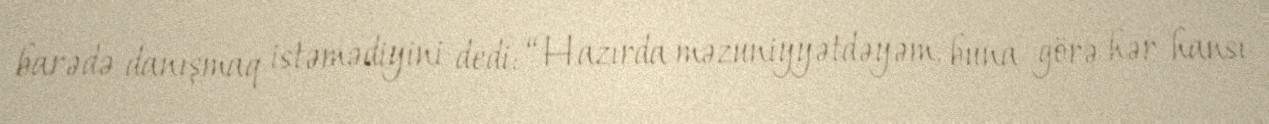
barədə danışmaq istəmədiyini dedi: “Hazırda məzuniyyətdəyəm, buna görə hər hansı